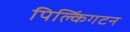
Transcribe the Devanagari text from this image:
पिल्किंगटन